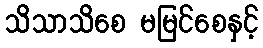
သိသာသိစေ မမြင်စေနှင့်